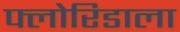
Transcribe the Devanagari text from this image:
फ्लोरिडाला